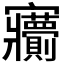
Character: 𡬙